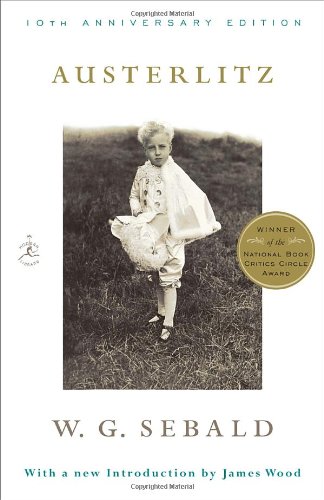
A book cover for Austerlitz (Modern Library Paperbacks); W.G. Sebald; Literature & Fiction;